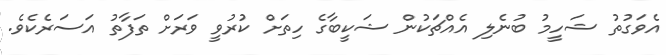
އެވަގުތު ޝަހީމު ބުނެލި އެއްޗަކުން ޝަކީބާގެ ހިތަށް ކުރުވީ ވަރަށް ތަފާތު އަސަރެކެވެ.